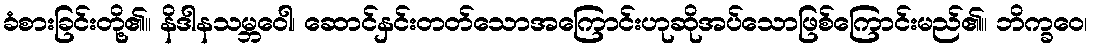
ခံစားခြင်းတို့၏။ နိဒါနသမ္ဘဝေါ၊ ဆောင်နှင်းတတ်သောအကြောင်းဟုဆိုအပ်သောဖြစ်ကြောင်းမည်၏။ ဘိက္ခဝေ၊